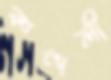
কন্দলী